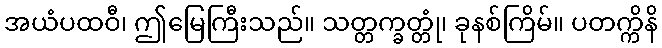
အယံပထဝီ၊ ဤမြေကြီးသည်။ သတ္တက္ခတ္တုံ၊ ခုနစ်ကြိမ်။ ပတက္ကိနိ